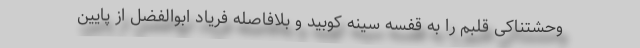
وحشتناکی قلبم را به قفسه سینه کوبید و بلافاصله فریاد ابوالفضل از پایین